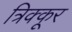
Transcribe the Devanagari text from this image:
त्रिक्कूर